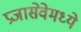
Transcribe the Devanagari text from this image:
प्रजासेवेमध्ये